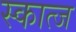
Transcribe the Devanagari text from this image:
स्कात्ज